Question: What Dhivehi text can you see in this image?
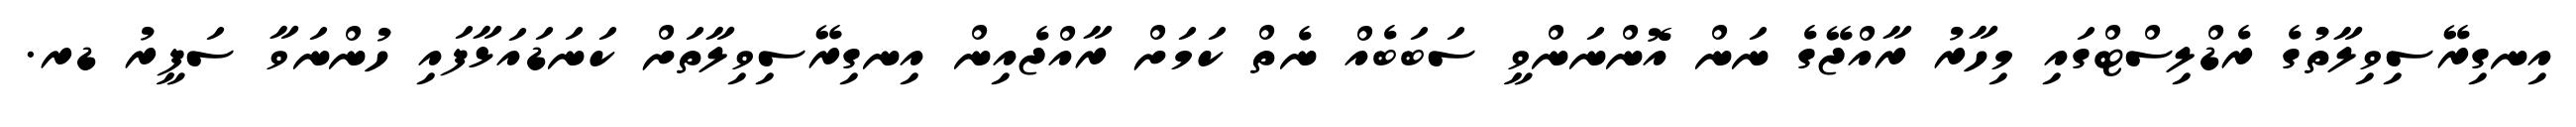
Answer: އިނގިރޭސިވިލާތުގެ ރެޑްލިސްޓްގައި މިހާރު ރާއްޖޭގެ ނަން އޮންނަންވީ ސަބަބެއް ނެތް ކަމަށް ރާއްޖެއިން އިނގިރޭސިވިލާތަށް ކަނަޑައަޅާފައި ހުންނަވާ ސަފީރު ޑރ.